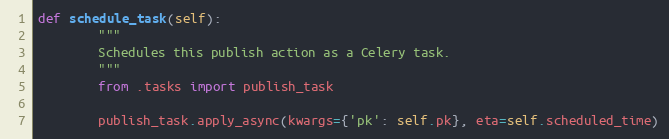
Language: Python
def schedule_task(self):
        """
        Schedules this publish action as a Celery task.
        """
        from .tasks import publish_task

        publish_task.apply_async(kwargs={'pk': self.pk}, eta=self.scheduled_time)